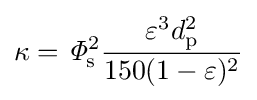
\kappa ={\mathit {\Phi }}_{\mathrm {s} }^{2}{\frac {\varepsilon ^{3}d_{\mathrm {p} }^{2}}{150(1-\varepsilon )^{2}}}